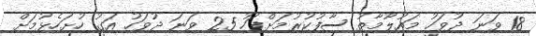
18 ވަނަ ދުވަހު މައުލޫމާތު ސާފުކުރުމަށްފަހު 25 ވަނަ ދުވަހު އަގު ހުށަހެޅުމަށް